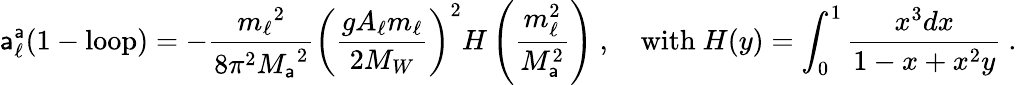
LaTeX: \mathsf{a}_{\ell}^{\mathsf{a}}\mathrm{{(1-loop)}}=-{\frac{{{m_{\ell}}^{2}}}{{8{\pi}^{2}{M_{\mathsf{a}}}^{2}}}}\left(\frac{{gA_{\ell}m_{\ell}}}{{2M_{W}}}\right)^{2}H\left({\frac{{m_{\ell}^{2}}}{{M_{\mathsf{a}}^{2}}}}\right)\ ,\quad\mathrm{{with~}}H(y)=\int_{0}^{1}{\frac{{x^{3}dx}}{{1-x+x^{2}y}}}\ .